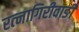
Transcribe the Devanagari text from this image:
रत्‍नागिरीवाङी